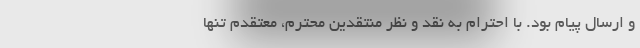
و ارسال پیام بود. با احترام به نقد و نظر منتقدین محترم، معتقدم تنها